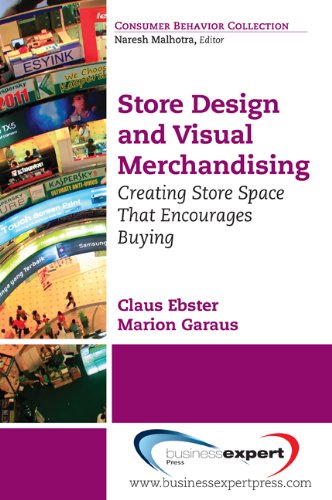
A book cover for Store Design and Visual Merchandising: Creating Store Space That Encourages Buying; Claus Ebster; Business & Money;